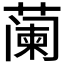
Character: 𬞕